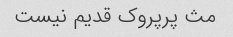
مث پرپروک قدیم نیست